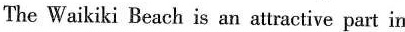
The Waikiki Beach is an attractive part in